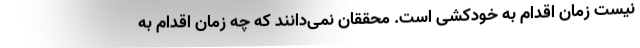
نیست زمان اقدام به خودکشی است. محققان نمی‌دانند که چه زمان اقدام به